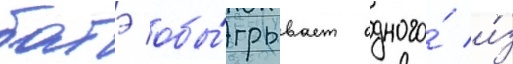
батэ обы́грывает одного́ и́з